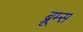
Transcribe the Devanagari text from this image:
ब्रूम्स